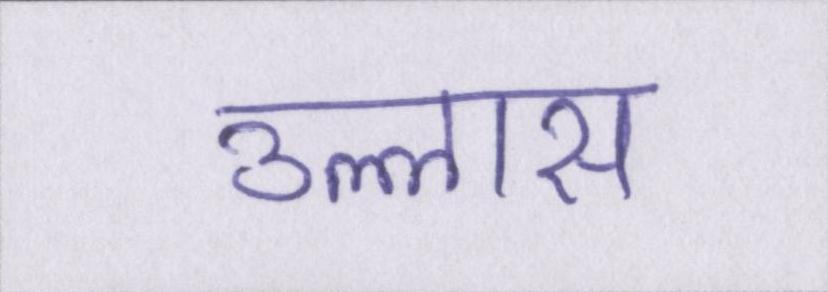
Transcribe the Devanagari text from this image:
उल्लास